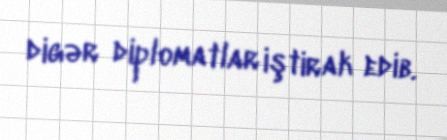
digər diplomatlar iştirak edib.